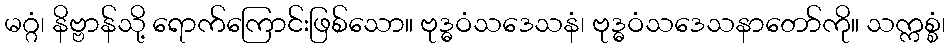
မဂ္ဂံ၊ နိဗ္ဗာန်သို့ ရောက်ကြောင်းဖြစ်သော။ ဗုဒ္ဓဝံသဒေသနံ၊ ဗုဒ္ဓဝံသဒေသနာတော်ကို။ သက္ကစ္စံ၊